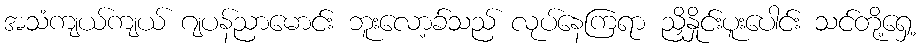
အသံကျယ်ကျယ် ဂျပန်ညာမောင်း ဘူးလော့ခ်သည် လုပ်နေကြရာ ညှိနှိုင်းပူးပေါင်း သင်တို့ရှေ့